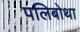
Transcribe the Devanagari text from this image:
पलिबोथा